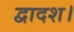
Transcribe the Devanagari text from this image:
द्वादश।